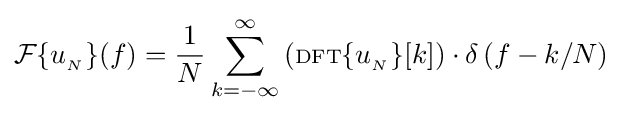
{\mathcal {F}}\{u_{_{N}}\}(f)={\frac {1}{N}}\sum _{k=-\infty }^{\infty }\left(\scriptstyle {\rm {DFT}}\displaystyle \{u_{_{N}}\}[k]\right)\cdot \delta \left(f-k/N\right)